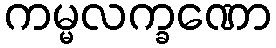
ကမ္မလက္ခဏော